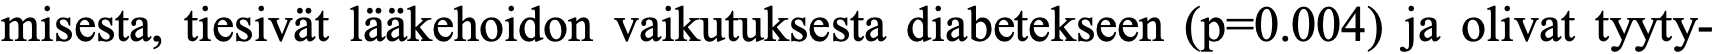
misesta, tiesivät lääkehoidon vaikutuksesta diabetekseen (p=0.004) ja olivat tyyty-